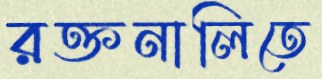
রক্তনালিতে